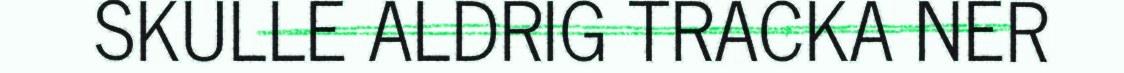
SKULLE ALDRIG TRACKA NER